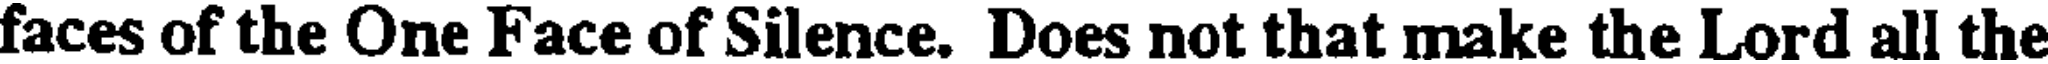
faces of the One Face of Silence. Does not that make the Lord all the